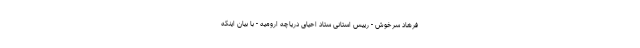
فرهاد سرخوش - رییس استانی ستاد احیای دریاچه ارومیه - با بیان اینکه